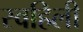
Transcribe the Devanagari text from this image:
स्वहिली